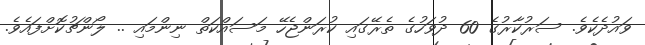
ވައުދެކެވެ. ސަރުކާރުގެ 60 ދުވަހުގެ ތެރޭގައި ކުރަންޖެހޭ މަސައްކަތް ނިންމައި .. ލޯންޗުކޮށްފައެވެ.